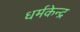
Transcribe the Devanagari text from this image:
धर्मकेन्द्र